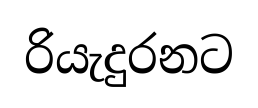
රියැදුරනට